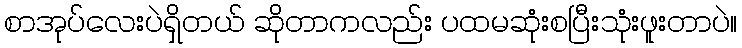
စာအုပ်လေးပဲရှိတယ် ဆိုတာကလည်း ပထမဆုံးစပြီးသုံးဖူးတာပဲ။